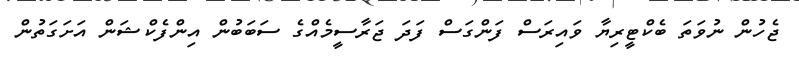
ޖެހުން ނުވަތަ ބެކްޓީރިޔާ ވައިރަސް ފަންގަސް ފަދަ ޖަރާސީމެއްގެ ސަބަބުން އިންފެކްޝަން އަށަގަތުން